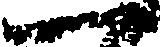
一